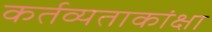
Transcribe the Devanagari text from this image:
कर्तव्यताकांक्षा